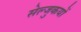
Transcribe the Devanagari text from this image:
सेल्जुकयों